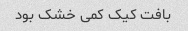
بافت کیک کمی خشک بود